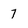
Character: 7